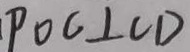
P O C \bot C D